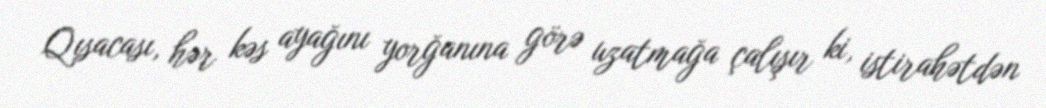
Qısacası, hər kəs ayağını yorğanına görə uzatmağa çalışır ki, istirahətdən